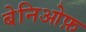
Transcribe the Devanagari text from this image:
बेनिओफ़